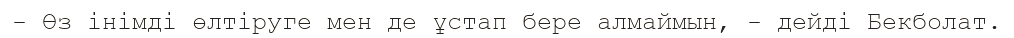
- Өз інімді өлтіруге мен де ұстап бере алмаймын, - дейді Бекболат.